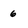
Character: 6